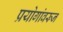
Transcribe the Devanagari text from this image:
प्रयोगांवरून